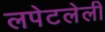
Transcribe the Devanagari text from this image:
लपेटलेली